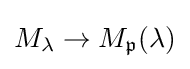
M_{\lambda }\to M_{\mathfrak {p}}(\lambda )